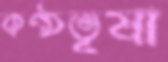
কণ্ঠভূষা